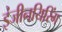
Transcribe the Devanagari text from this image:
इंजीनयिरिंग